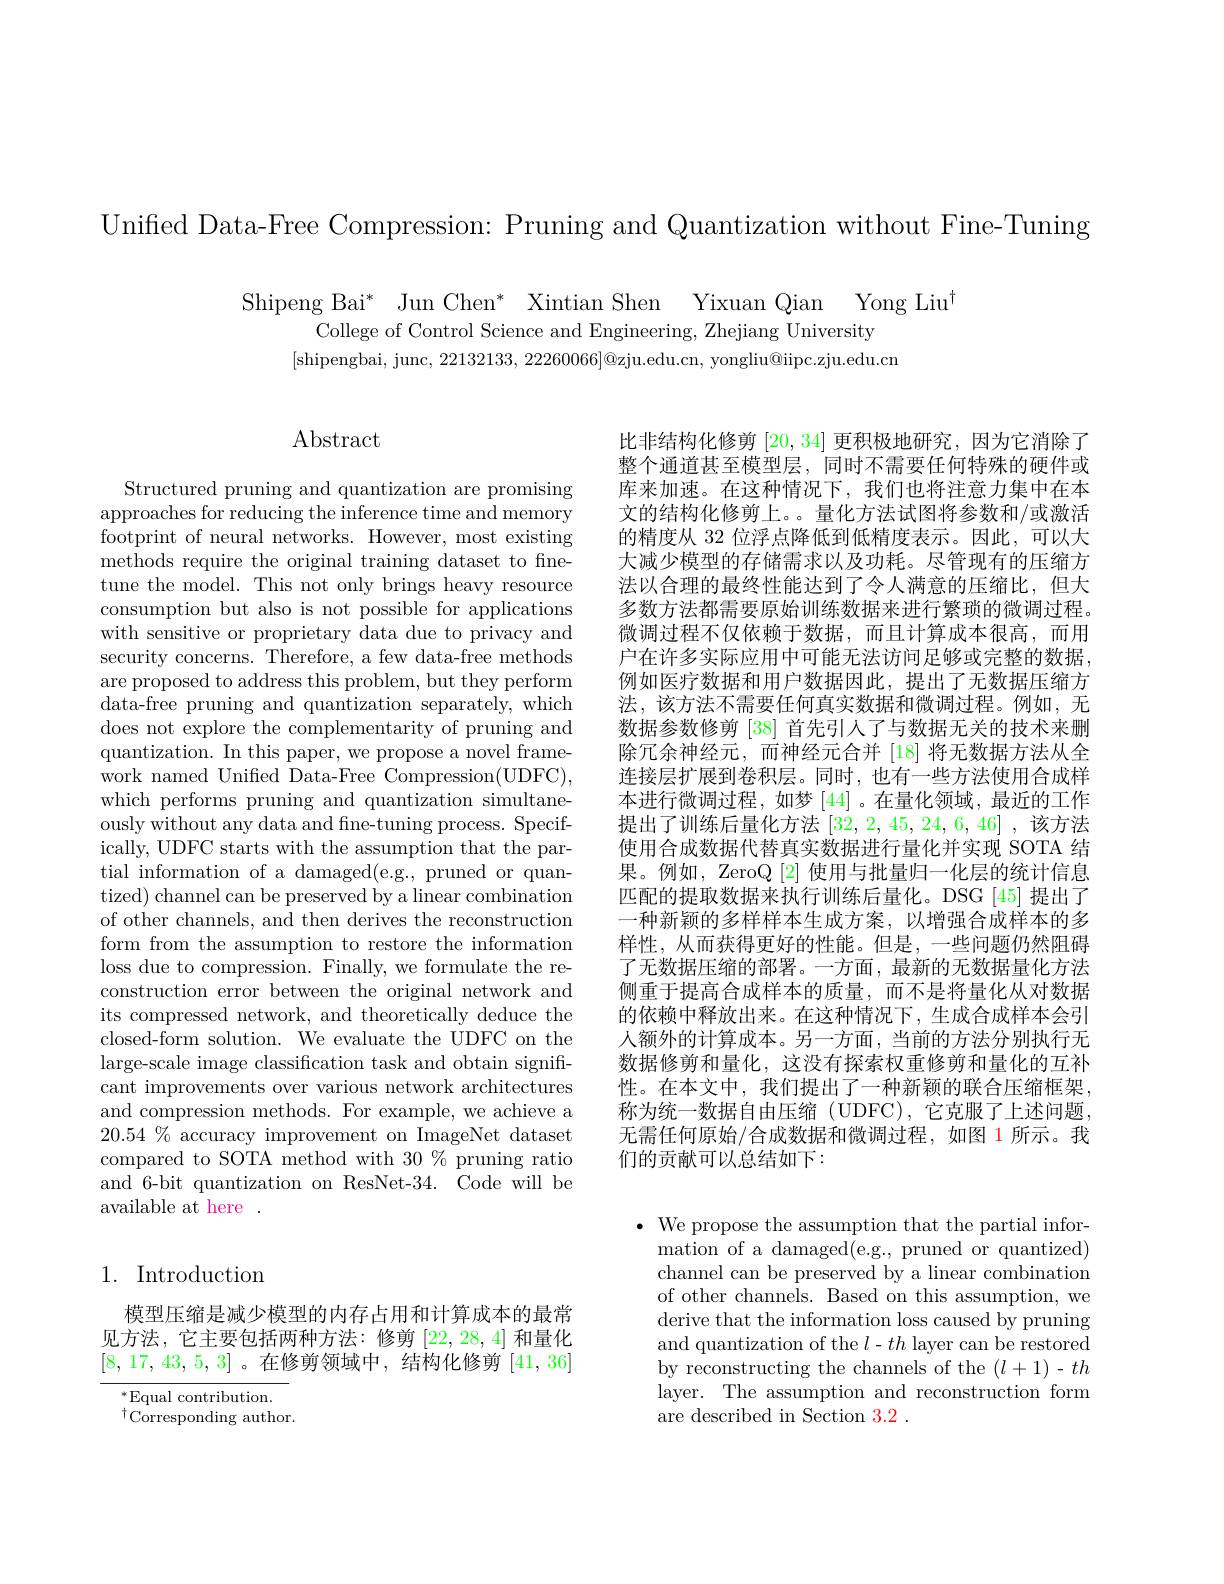
Unified Data-Free Compression: Pruning and Quantization without Fine-Tuning

Shipeng Bai* Jun Chen* Xintian Shen Yixuan Qian Yong Liu
College of Control Science and Engineering, Zhejiang University
[shipengbai, junc, 22132133, $22260066]@$zju.edu.cn, yongliu@iipc.zju.edu.cn

# $\operatorname{Abstract}$

Structured pruning and quantization are promising approaches for reducing the inference time and memory footprint of neural networks. However, most existing methods require the original training dataset to finetune the model. This not only brings heavy resource consumption but also is not possible for applications with sensitive or proprietary data due to privacy and security concerns. Therefore, a few data-free methods are proposed to address this problem, but they perform data-free pruning and quantization separately, which does not explore the complementarity of pruning and quantization. In this paper, we propose a novel framework named Unified Data-Free Compression(UDFC), which performs pruning and quantization simultaneously without any data and fne-tuning process. Specifically, UDFC starts with the assumption that the partial information of a damaged(e.g., pruned or quantized) channel can be preserved by a linear combination of other channels, and then derives the reconstruction form from the assumption to restore the information loss due to compression. Finally, we formulate the reconstruction error between the original network and its compressed network, and theoretically deduce the closed-form solution. We evaluate the UDFC on the large-scale image classification task and obtain significant improvements over various network architectures and compression methods. For example, we achieve a $20.54\%$ accuracy improvement on ImageNet dataset compared to SOTA method with 30 % pruning ratio and 6-bit quantization on ResNet-34. Code will be available at here .

## 1. Introduction

模型压缩是减少模型的内存占用和计算成本的最常见方法，它主要包括两种方法：修剪[22,28,4] 和量化[8,17,43,5,3] 。在修剪领域中，结构化修剪[41,36]

$^*$Equal contribution.
$^{\dagger}$Corresponding author.

比非结构化修剪[20,34]更积极地研究，因为它消除了整个通道甚至模型层，同时不需要任何特殊的硬件或库来加速。在这种情况下，我们也将注意力集中在本文的结构化修剪上。。量化方法试图将参数和/或激活的精度从 32 位浮点降低到低精度表示。因此，可以大大减少模型的存储需求以及功耗。尽管现有的压缩方法以合理的最终性能达到了令人满意的压缩比，但大多数方法都需要原始训练数据来进行繁琐的微调过程。微调过程不仅依赖于数据，而且计算成本很高，而用户在许多实际应用中可能无法访问足够或完整的数据， 例如医疗数据和用户数据因此，提出了无数据压缩方法，该方法不需要任何真实数据和微调过程。例如，无数据参数修剪 [38] 首先引入了与数据无关的技术来删除冗余神经元，而神经元合并 [18] 将无数据方法从全连接层扩展到卷积层。同时，也有一些方法使用合成样本进行微调过程，如梦[44] 。在量化领域，最近的工作提出了训练后量化方法[32,2,45,24,6,46] ,该方法使用合成数据代替真实数据进行量化并实现 SOTA 结果。例如，ZeroQ [2] 使用与批量归一化层的统计信息匹配的提取数据来执行训练后量化。DSG [45] 提出了一种新颖的多样样本生成方案，以增强合成样本的多样性，从而获得更好的性能。但是，一些问题仍然阻碍了无数据压缩的部署。一方面，最新的无数据量化方法侧重于提高合成样本的质量，而不是将量化从对数据的依赖中释放出来。在这种情况下，生成合成样本会引人额外的计算成本。另一方面，当前的方法分别执行无数据修剪和量化，这没有探索权重修剪和量化的互补性。在本文中，我们提出了一种新颖的联合压缩框架， 称为统一数据自由压缩(UDFC),它克服了上述问题， 无需任何原始/合成数据和微调过程，如图 1所示。我们的贡献可以总结如下：

$\bullet$ We propose the assumption that the partial infor-
mation of a damaged(e.g., pruned or quantized) channel can be preserved by a linear combination of other channels. Based on this assumption, we derive that the information loss caused by pruning and quantization of the $l-th$ layer can be restored by reconstructing the channels of the $(l+1)-th$ layer. The assumption and reconstruction form are described in Section 3.2 .